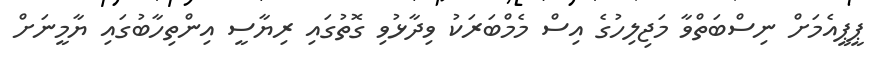
ޕީޕީއެމަށް ނިސްބަތްވާ މަޖިލިހުގެ އިސް މެމްބަރަކު ވިދާޅުވި ގޮތުގައި ރިޔާސީ އިންތިހާބުގައި ޔާމީނަށް